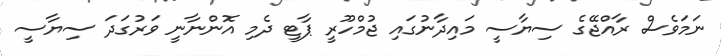
ނަމަވެސް ރާއްޖޭގެ ސިޔާސީ މައިދާނުގައި ޖުމްހޫރީ ޕާޓީ ދެމި އޮންނާނީ ވަރުގަދަ ސިޔާސީ